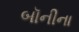
બૉનીના